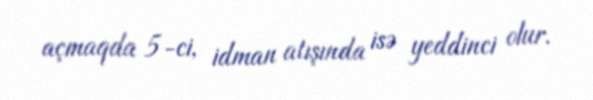
açmaqda 5-ci, idman atışında isə yeddinci olur.